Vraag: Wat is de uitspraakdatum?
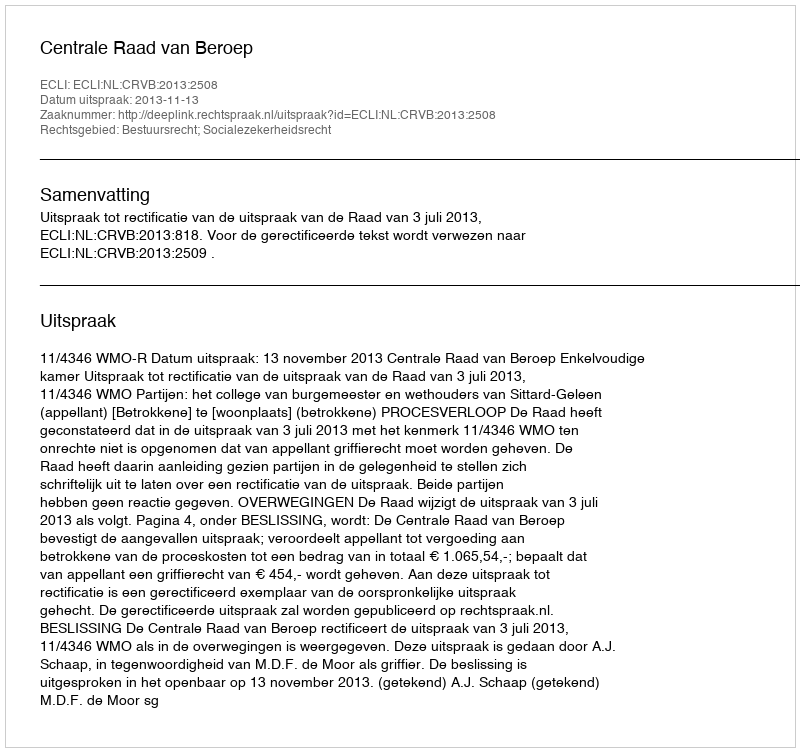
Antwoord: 2013-11-13